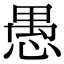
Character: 愚